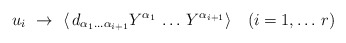
\begin{align*}u_i~\to~\langle \, d_{\alpha_1\dots\alpha_{i+1}} Y^{\alpha_1}\,\dots\, Y^{\alpha_{i+1}} \rangle \quad (i=1,\dots \, r)\end{align*}